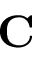
\mathbf { C }